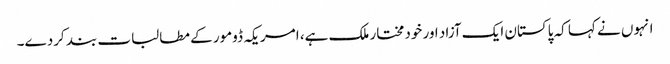
انہوں نے کہا کہ پاکستان ایک آزاد اور خودمختار ملک ہے، امریکہ ڈومور کے مطالبات بند کردے۔